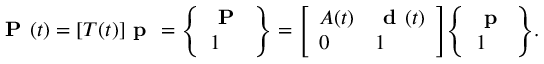
{ \textbf { P } } ( t ) = [ T ( t ) ] { \textbf { p } } = { \left\{ \begin{array} { l } { { \textbf { P } } } \\ { 1 } \end{array} \right\} } = { \left[ \begin{array} { l l } { A ( t ) } & { { \textbf { d } } ( t ) } \\ { 0 } & { 1 } \end{array} \right] } { \left\{ \begin{array} { l } { { \textbf { p } } } \\ { 1 } \end{array} \right\} } .